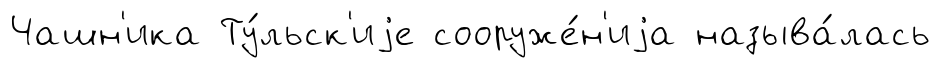
Чашн'ика Ту́льск'иjе сооруже́н'иjа называ́лась